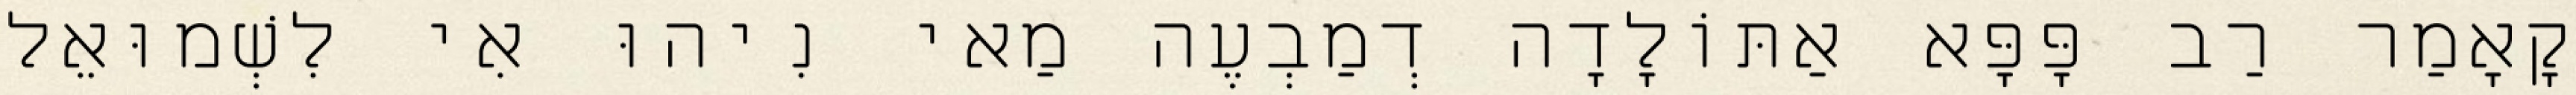
קָאָמַר רַב פָּפָּא אַתּוֹלָדָה דְמַבְעֶה מַאי נִיהוּ אִי לִשְׁמוּאֵל